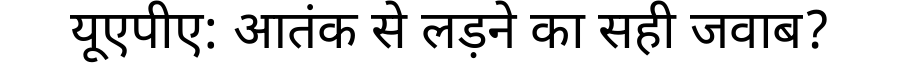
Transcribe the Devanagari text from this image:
यूएपीए: आतंक से लड़ने का सही जवाब?